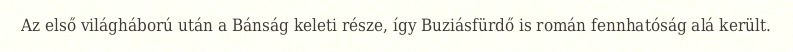
Az első világháború után a Bánság keleti része, így Buziásfürdő is román fennhatóság alá került.